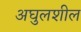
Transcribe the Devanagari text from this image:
अघुलशील